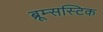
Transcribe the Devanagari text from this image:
ब्रूम्सस्टिक